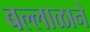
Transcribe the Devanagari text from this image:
बल्लाळाने